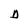
Character: D